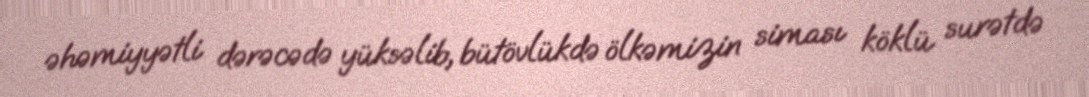
əhəmiyyətli dərəcədə yüksəlib, bütövlükdə ölkəmizin siması köklü surətdə